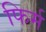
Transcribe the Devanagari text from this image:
फिर्म